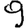
Digit: 9